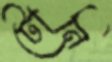
টোনি